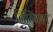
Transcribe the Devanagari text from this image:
निम्निष्ट।